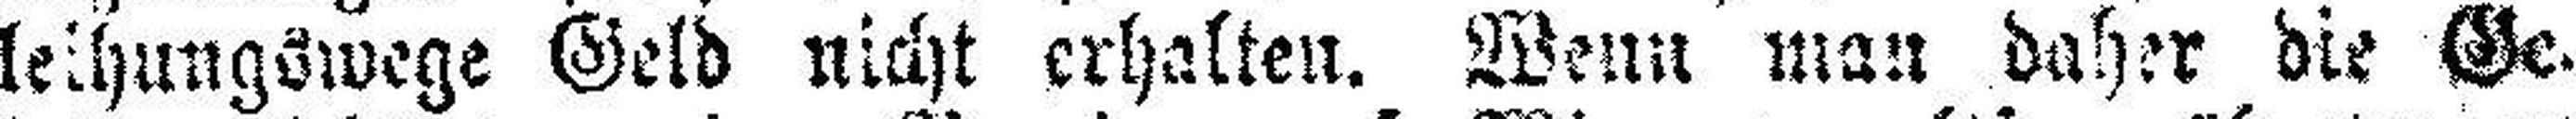
leihungswege Geld nicht erhalten. Wenn man daher die Ge¬